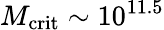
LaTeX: M_{\mathrm{crit}}\sim 10^{11.5}